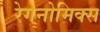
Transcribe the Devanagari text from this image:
रेगनोमिक्स